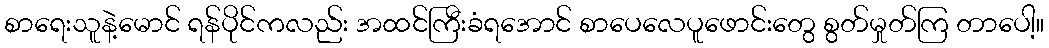
စာရေးသူနဲ့မောင် ရန်ပိုင်ကလည်း အထင်ကြီးခံရအောင် စာပေလေပူဖောင်းတွေ စွတ်မှုတ်ကြ တာပေါ့။